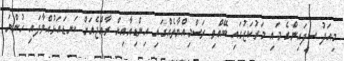
މިއަދު ސިފައިންގެ މައި މަރުކަޒުގައި ބޭއްވި ރަސްމިއްޔާތެއްގައި އިންޑިއާއިން ރާއްޖެއަށް ކަނޑައަޅުއްވާފައި ހުންނަ